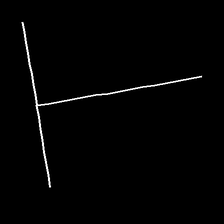
Glyph: column